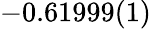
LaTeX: -0.61999(1)